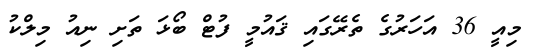
މިއީ 36 އަހަރުގެ ތެރޭގައި ޤައުމީ ފުޓް ބޯޅަ ތަށި ނިއު މިލްކު